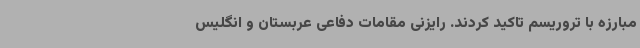
مبارزه با تروریسم تاکید کردند. رایزنی مقامات دفاعی عربستان و انگلیس